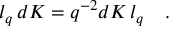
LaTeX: l _ { q } \, d K = q ^ { - 2 } d K \, l _ { q } \quad .